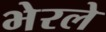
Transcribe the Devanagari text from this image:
भेरले